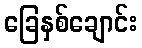
ခြေနှစ်ချောင်း